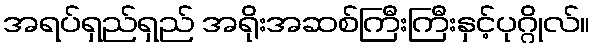
အရပ်ရှည်ရှည် အရိုးအဆစ်ကြီးကြီးနှင့်ပုဂ္ဂိုလ်။